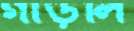
গাড়লি